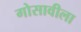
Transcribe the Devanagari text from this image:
गोसावीला